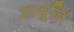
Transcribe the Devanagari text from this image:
अपुति